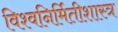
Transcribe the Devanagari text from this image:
विश्वनिर्मितीशास्त्र